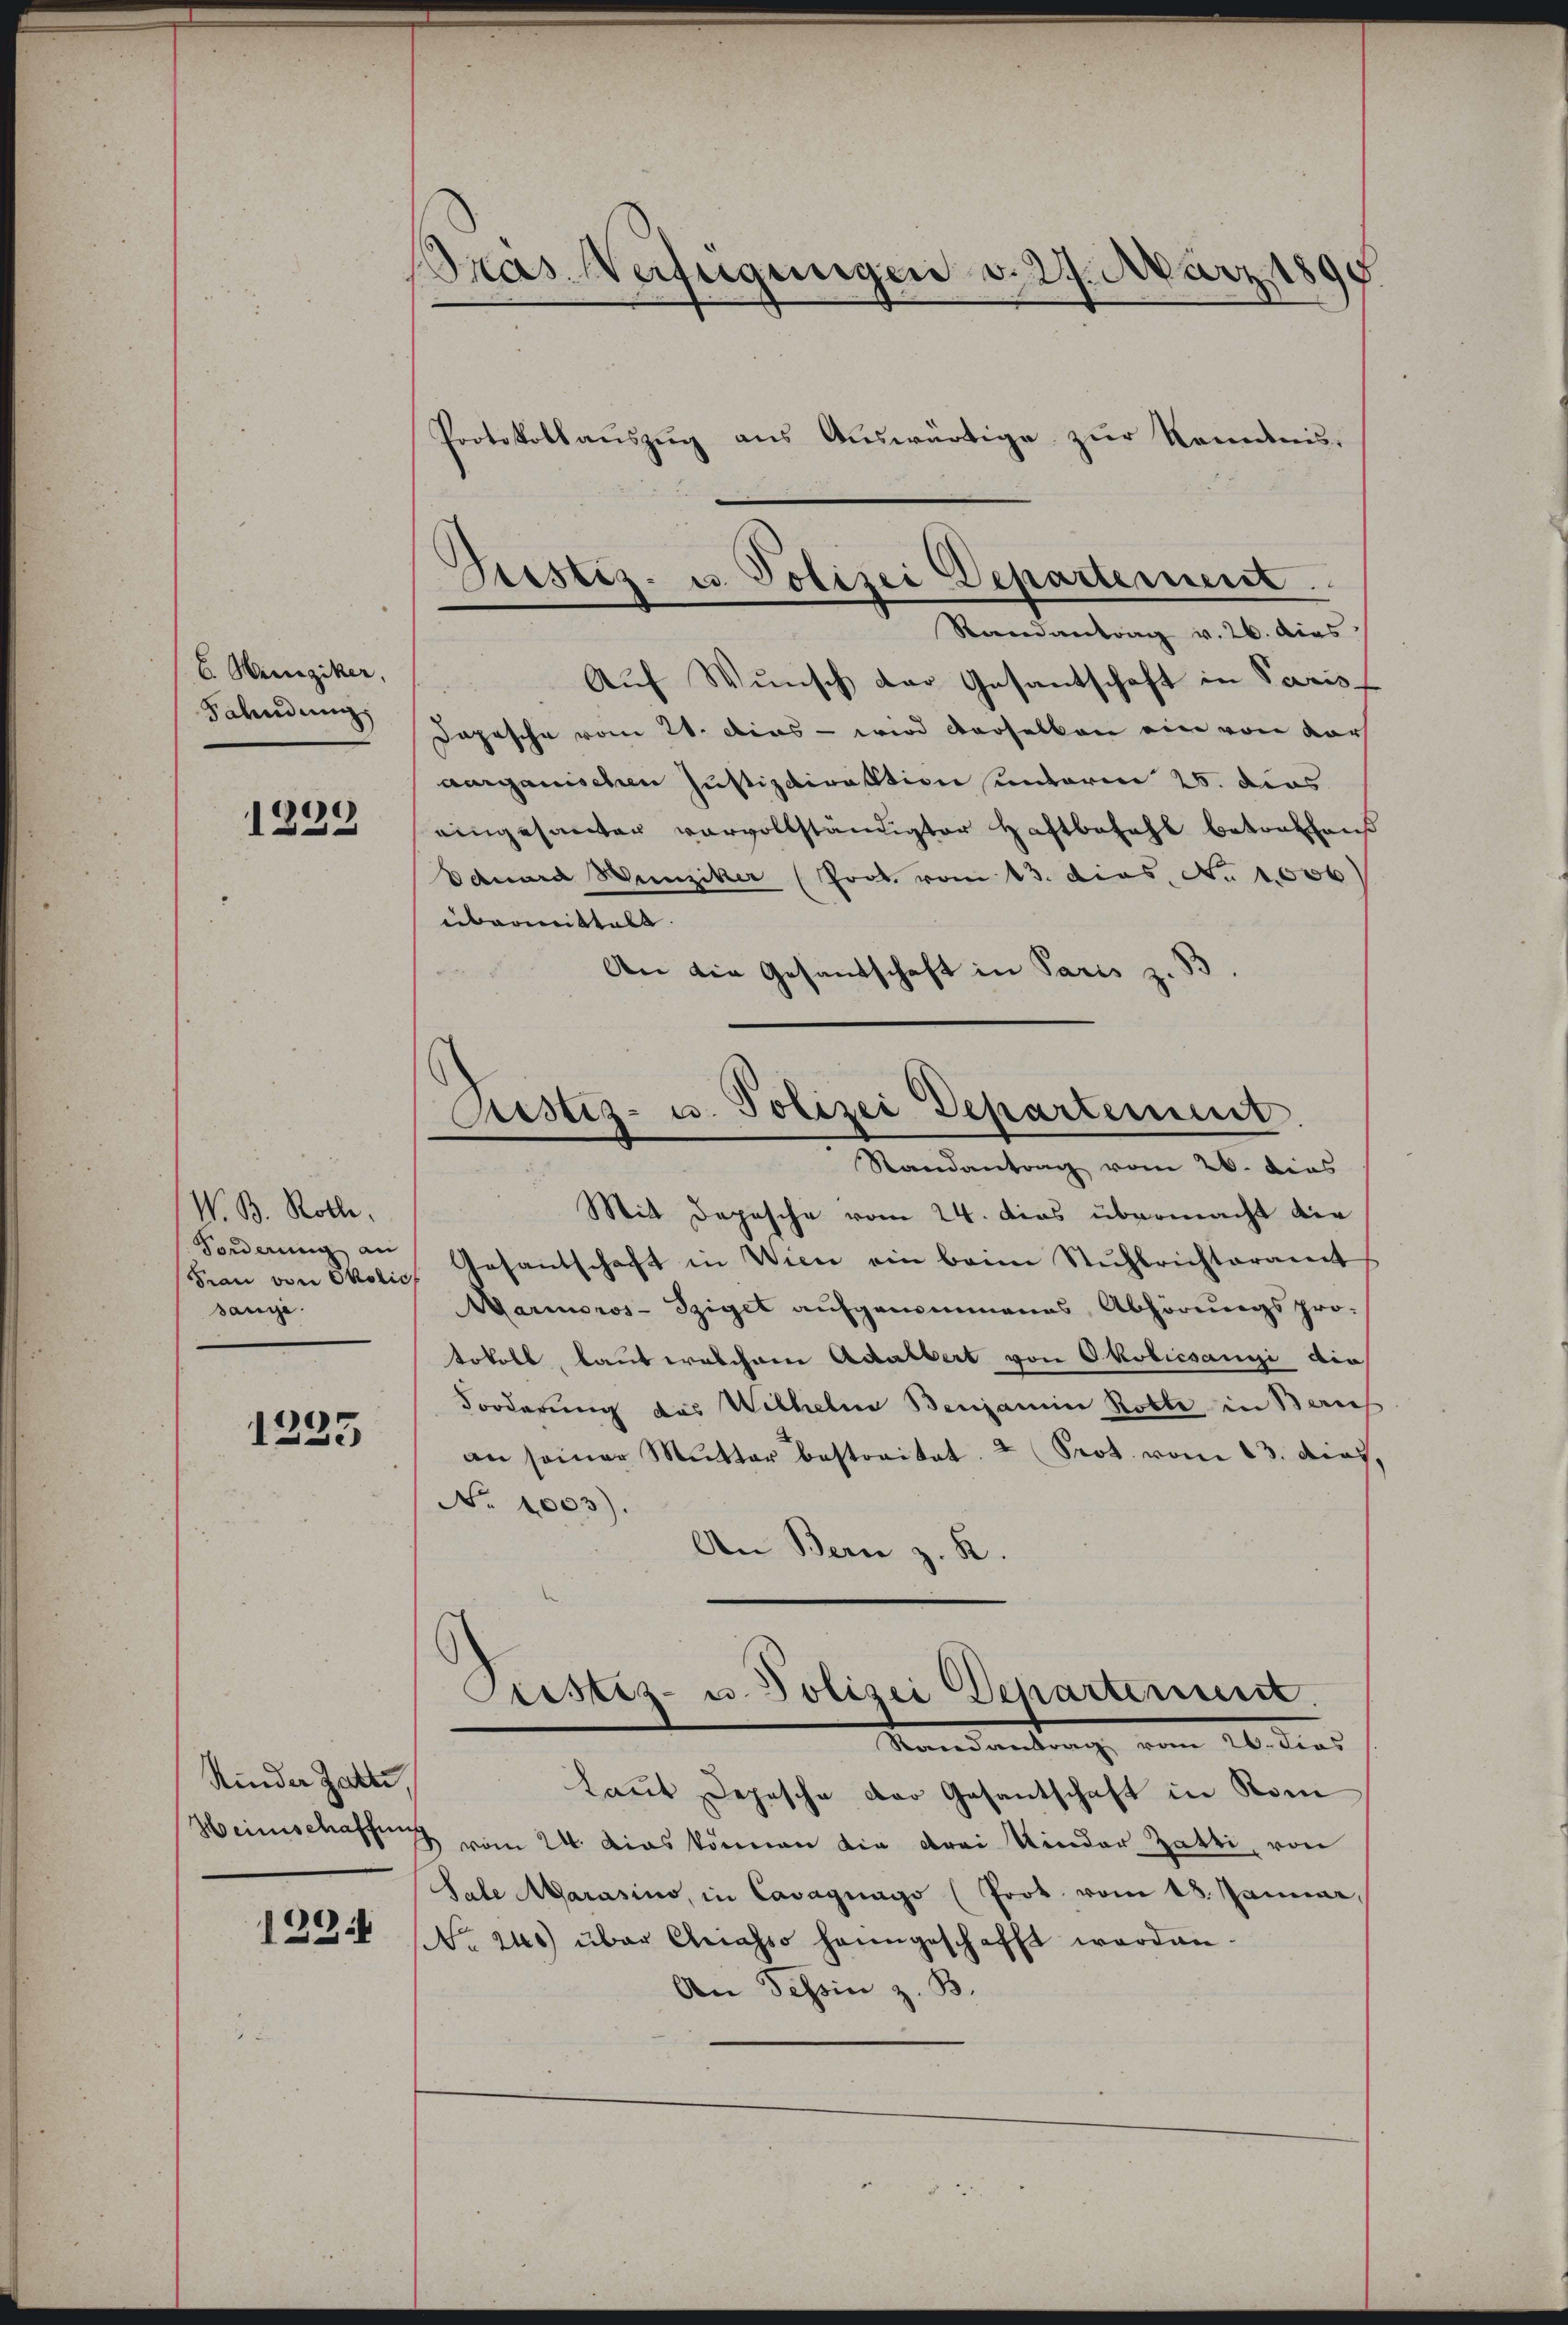
6. Heinziker,
Saendung

1239

W. B. Rolle,
Forderung an
Frau von Polic
sange

1235

Kinder Zahn,
Heimschaffung

1294

Bras Verfügungen v. 27. März 1898

Gustiz- u. Polizei Departement.
Randantrag v. 26. dies

Astiz- u. Polizei Departement.
Randantrag vom 26. dies
Mit Depesche vom 24. dies übermacht die

Protokollauszug aus Auswärtige zur Nominis¬
Auf Wunsch der Gesantschaft in Paris¬
Depesche vom 21. Dies - wird verselben ein von vorh
aargauischen Justizdirektion unterm 25. dies
eingesanten vervollständigter Haftbezahl betrafhaus
Eduard Hunziker (Prot. vom 13. das No 1006)
übermittelt. |
An die Gesandschaft in Paris z. B
Gesantschaft in Wien ein beim Stuhlrichteramt
Aariusros-Tziget aŭfgenommenes Abhörungspro-
tokoll, baut welchem Adalbert von Okobicsangi die
Forderung das Wilhelne Benjamin Rotte in Zürich
an seiner Mŭtter bestreitet. 2 Prot. vom 13. dies.
No 1003).
An Bern z. R.
Pustiz- u. Polizei Departement.
Vandantung vom 26. dies
Laut Depesche der Gesantschaft in Kom
3 vom 24. Das können die drei Kinder Gatti, von
Sale Marasino, in Cavagnago (Prot. vom 18. Januar,
No. 240 über Chiasso heimgeschafft werden.
An Tessin z. B.